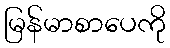
မြန်မာစာပေကို